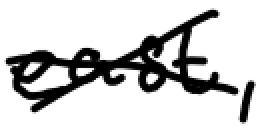
Text: east,
Cross-out: cross
Writing tool: digital_black